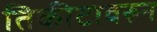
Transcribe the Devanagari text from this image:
तिकीटावरुन